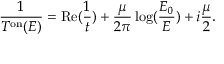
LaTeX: \frac { 1 } { T ^ { \mathrm { o n } } ( E ) } = \mathrm { R e } ( \frac { 1 } { t } ) + \frac { \mu } { 2 \pi } \log ( \frac { E _ { 0 } } { E } ) + i \frac { \mu } { 2 } .